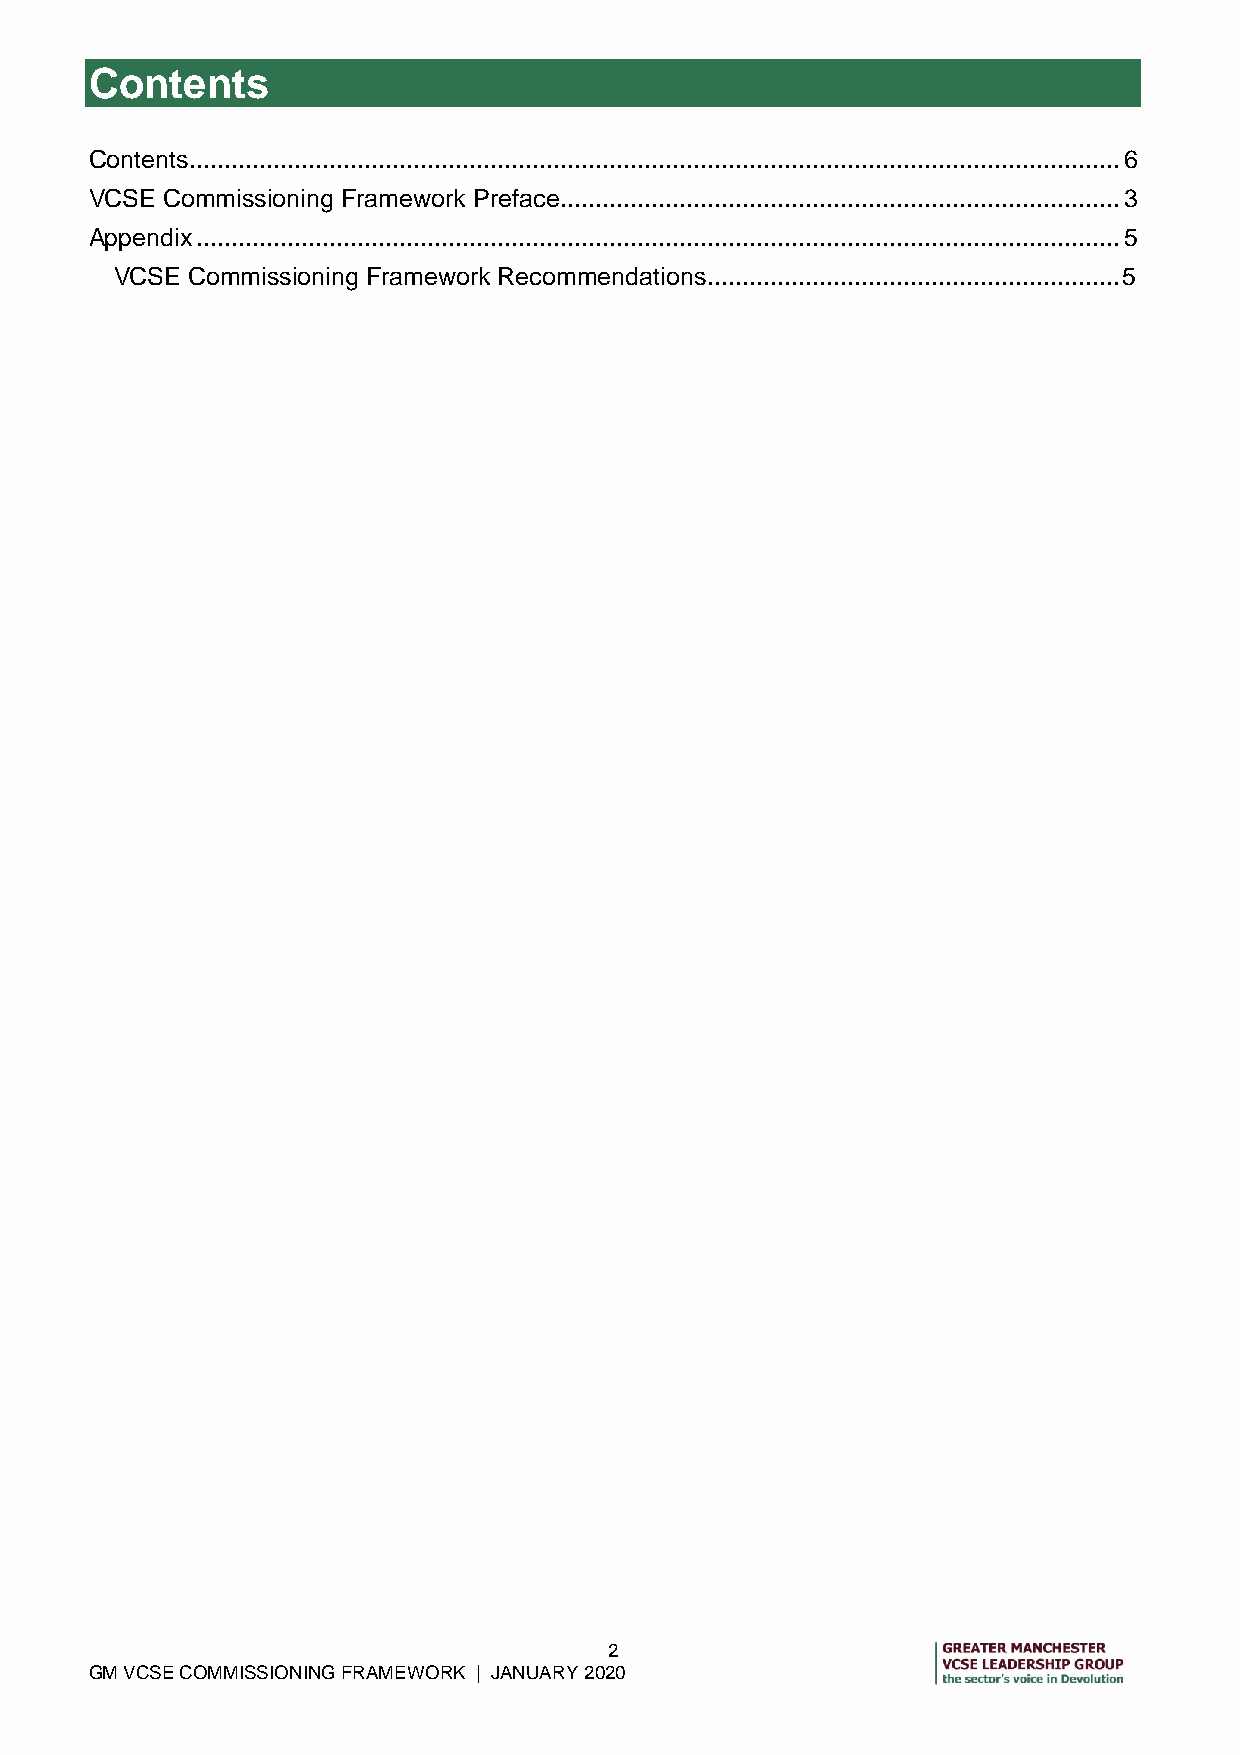
Contents
 Contents ..................................................................................................................................... 6
 VCSE Commissioning Framework Preface ................................................................................ 3
 Appendix .................................................................................................................................... 5
 VCSE Commissioning Framework Recommendations ........................................................... 5
 2
 GM VCSE COMMISSIONING FRAMEWORK | JANUARY 2020